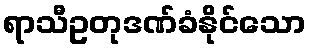
ရာသီဥတုဒဏ်ခံနိုင်သော